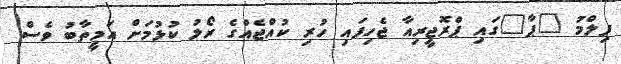
ފިލްމު "ޕާ"ގައި ޕްރޮޖީރިއާ ޖެހިފައި ހުރި ކުއްޖެއްގެ ރޯލު ކުޅުމަށް އަމީތާބު ވެސް